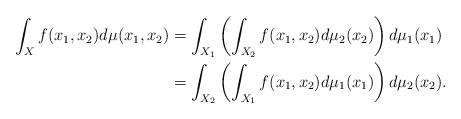
LaTeX: \begin{align*}\int_X f(x_1,x_2) d\mu(x_1,x_2) & = \int_{X_1} \left( \int_{X_2} f(x_1,x_2)d\mu_2(x_2)\right) d\mu_1(x_1)\\& = \int_{X_2} \left( \int_{X_1} f(x_1,x_2)d\mu_1(x_1)\right) d\mu_2(x_2). \end{align*}